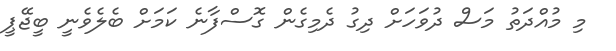
މި މުއްދަތު މަސް ދުވަހަށް ދިގު ދެމިގެން ގޮސްފާނެ ކަމަށް ބެލެވެނީ ބީޖޭޕީ